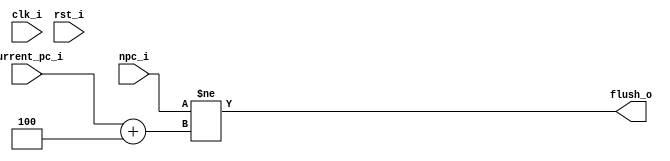
`timescale 1ns / 1ps
//////////////////////////////////////////////////////////////////////////////////
// Company: 
// Engineer: 
// 
// Design Name: 
// Module Name: jump_examine
// Project Name: 
// Target Devices: 
// Tool Versions: 
// Description: 
// if
// Dependencies: 
// 
// Revision:
// Revision 0.01 - File Created
// Additional Comments:
// 
//////////////////////////////////////////////////////////////////////////////////


module jump_examine #(
    parameter JALR_OPCODE = 7'b1100111,
    parameter B_OPCODE = 7'b1100011,
    parameter JAL_OPCODE = 7'b1101111
)
(
    input clk_i,
    input rst_i,
    input [31:0] npc_i,
    input [31:0] current_pc_i,
    output flush_o
    );
    // reg [31:0] pc_1;
    // reg [31:0] pc_2;
    // always @(posedge clk_i or posedge rst_i) begin
    //     if(rst_i) begin
    //         pc_1 <= 32'hfffffffc;
    //         pc_2 <= 32'hfffffffc;
    //     end
    //     else begin
    //         pc_2 <= pc_1;
    //         pc_1 <= current_pc_i;
    //     end
    // end
    assign flush_o = (npc_i!=current_pc_i+3'h4); 
endmodule